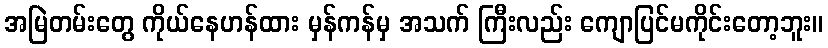
အမြဲတမ်းတွေ ကိုယ်နေဟန်ထား မှန်ကန်မှ အသက် ကြီးလည်း ကျောပြင်မကိုင်းတော့ဘူး။